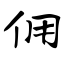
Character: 佣